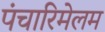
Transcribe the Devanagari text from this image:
पंचारिमेलम